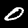
Label: 0